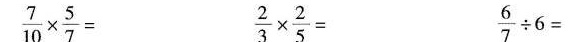
$$\frac { 7 } { 1 0 } \times \frac { 5 } { 7 } =$$ $$\frac { 2 } { 3 } \times \frac { 2 } { 5 } =$$ $$\frac { 6 } { 7 } \div 6 =$$